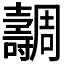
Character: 𡕐